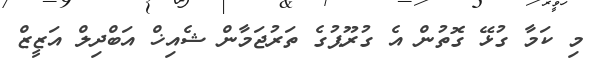
މި ކަމާ ގުޅޭ ގޮތުން އެ ގުރޫޕުގެ ތަރުޖަމާން ޝެއިޚް އަބްދިލް އަޒީޒް